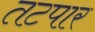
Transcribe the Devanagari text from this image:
तटपार